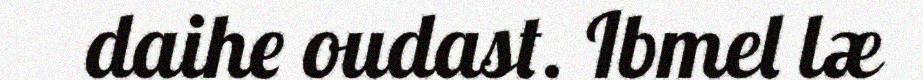
daihe oudast. Ibmel læ